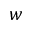
w